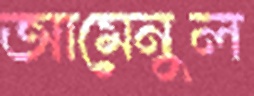
আমেনুল